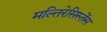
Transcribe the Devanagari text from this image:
मल्तिरेसिस्तेंस